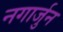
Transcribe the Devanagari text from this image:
नगार्जुन